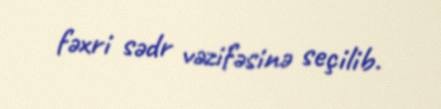
fəxri sədr vəzifəsinə seçilib.